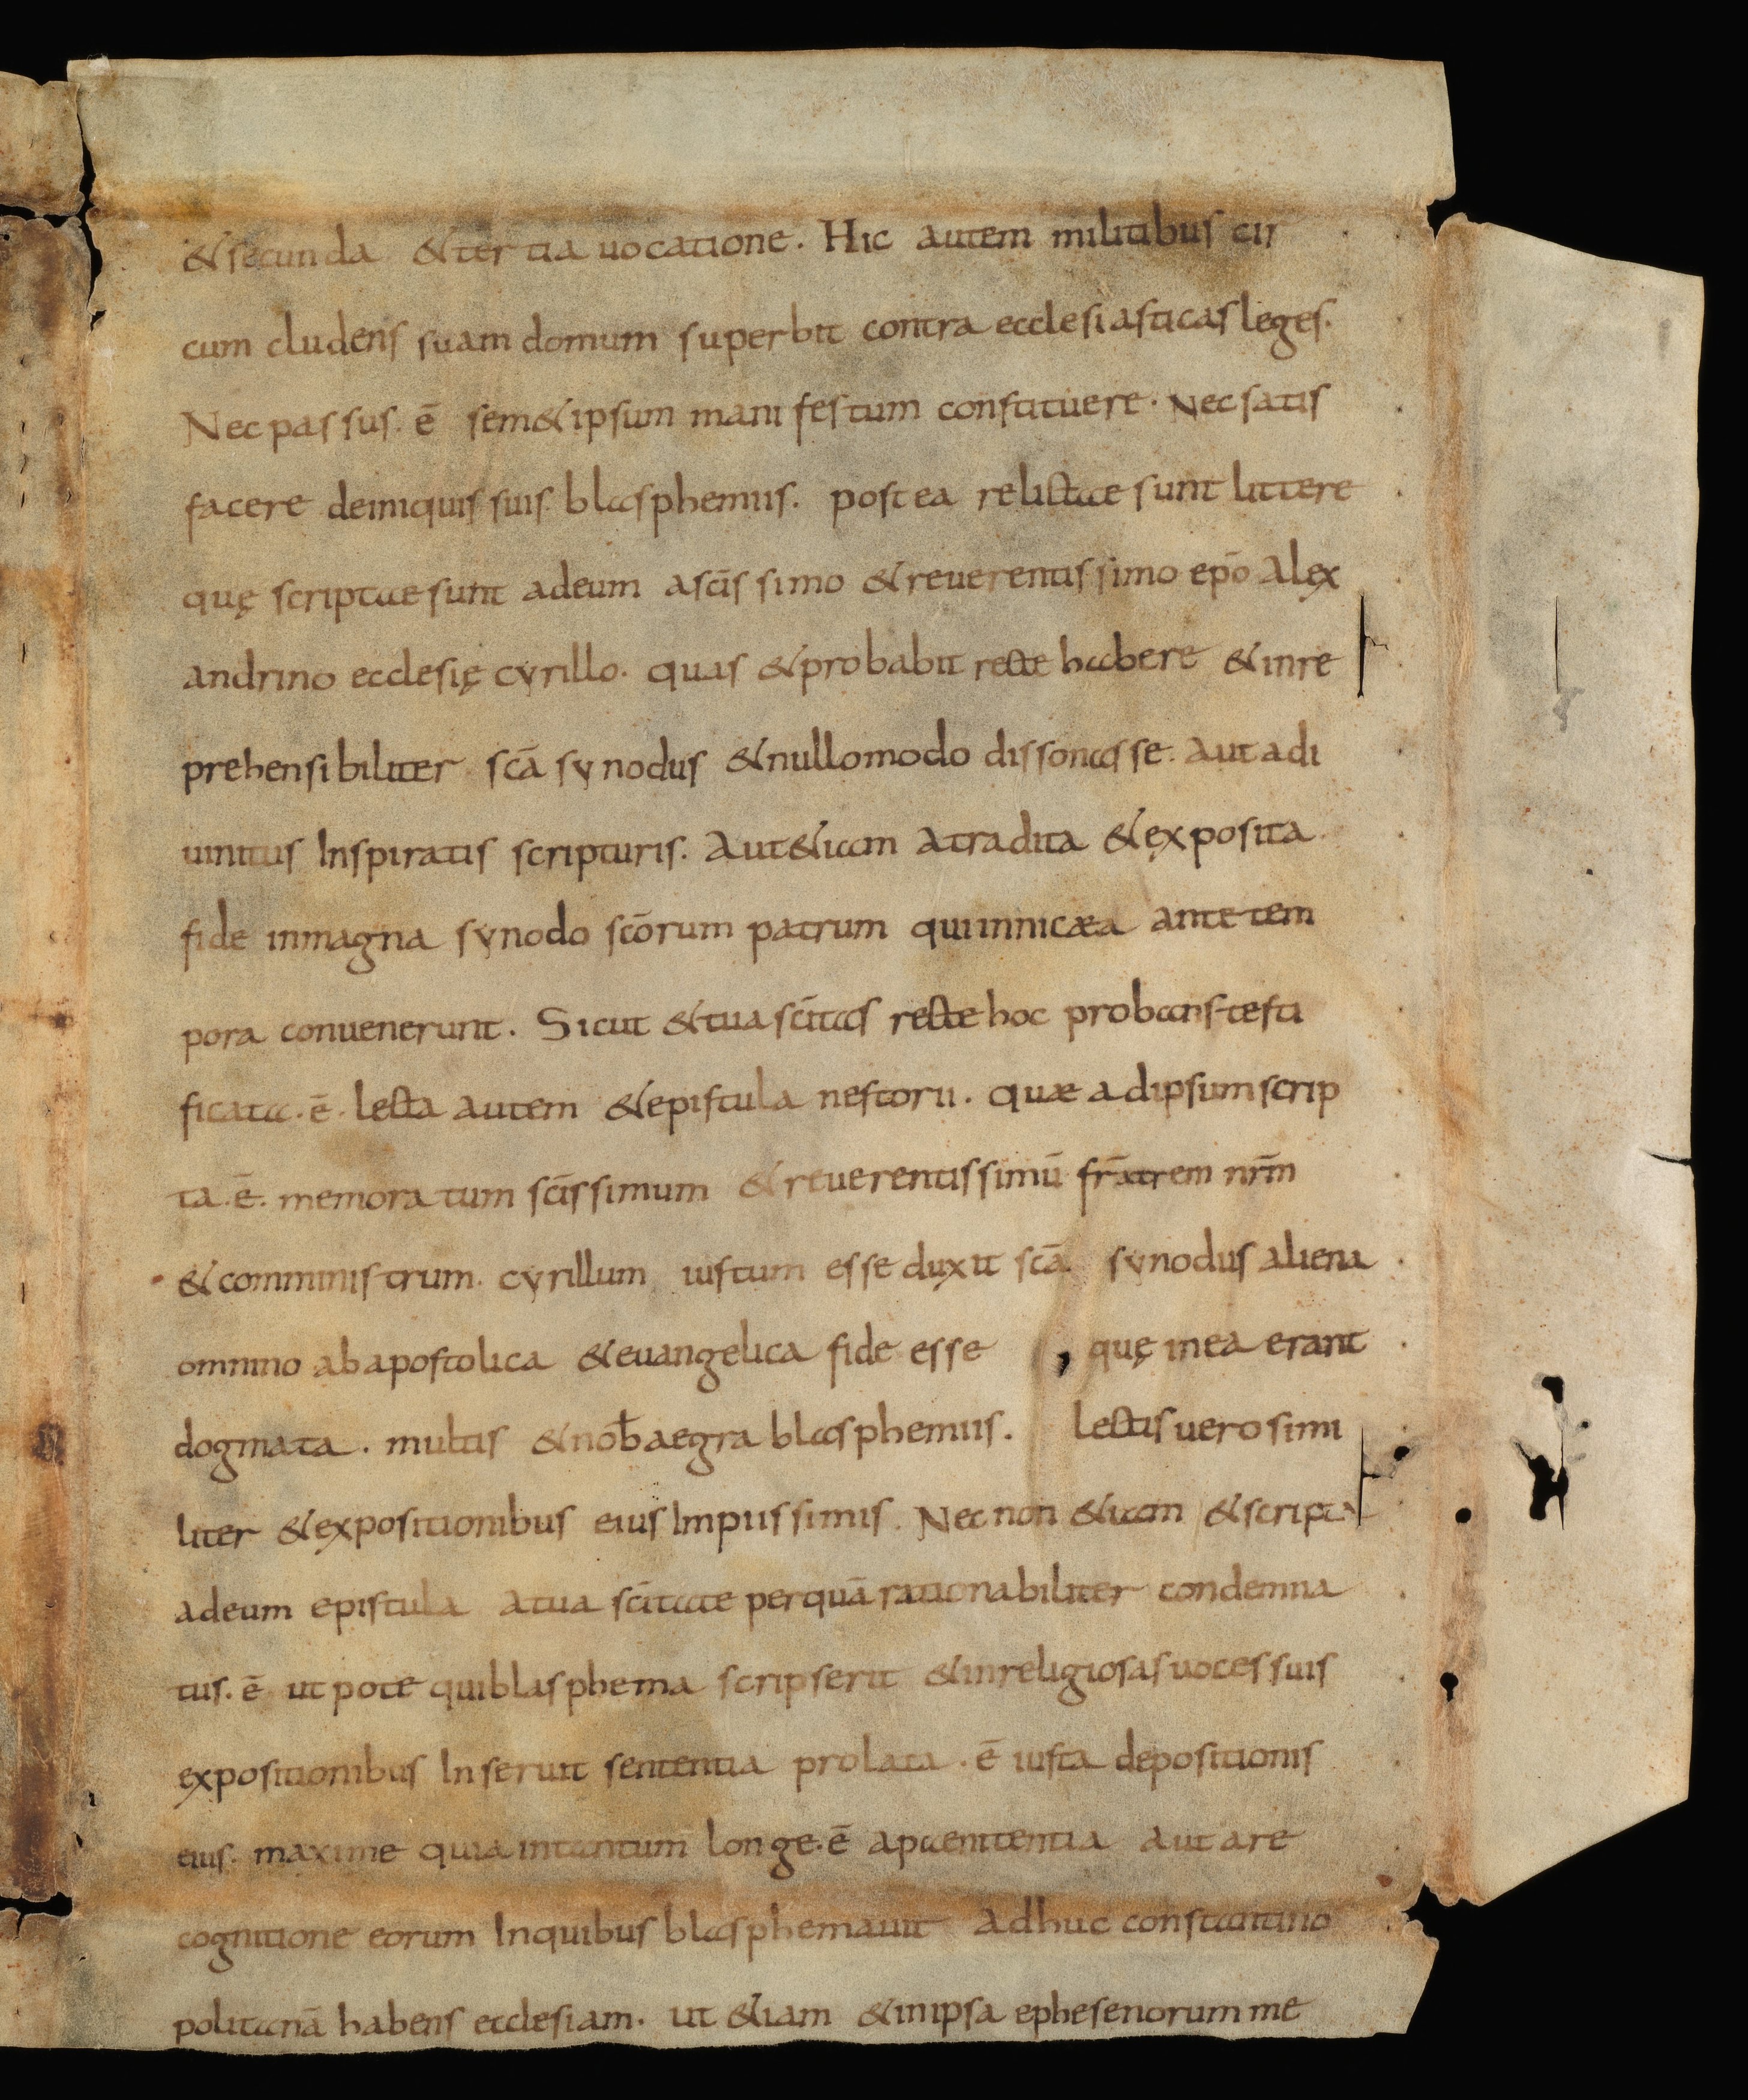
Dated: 834–865